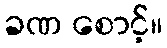
ခဏ စောင့်။